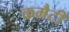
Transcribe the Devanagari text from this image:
कमैटी